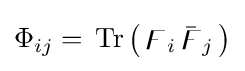
\Phi _{ij}=\,{\text{Tr}}\,{\big (}\,\digamma _{i}\,{\bar {\digamma }}_{j}\,{\big )}